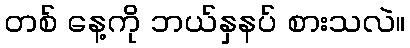
တစ် နေ့ကို ဘယ်နှနပ် စားသလဲ။